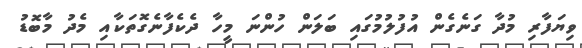
ވިޔަފާރި މުދާ ގަނެގެން އުފުލުމުގައި ބަލަން ހުންނަ މީހާ ދެކެފާނެގޮތަކާއި މެދު މާބޮޑު